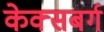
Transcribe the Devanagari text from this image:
केक्सबर्ग